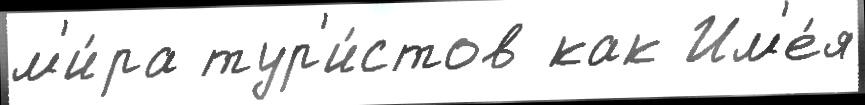
м'и́ра тур'и́стов как Им'е́я